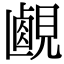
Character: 𧡹